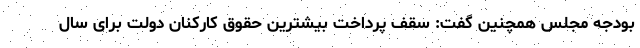
بودجه مجلس همچنین گفت: سقف پرداخت بیشترین حقوق کارکنان دولت برای سال